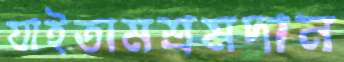
যাইতামশ্রমদান